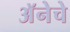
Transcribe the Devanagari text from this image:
अॅनेचे